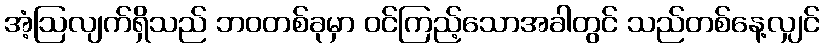
အံ့ဩလျက်ရှိသည် ဘဝတစ်ခုမှာ ဝင်ကြည့်သောအခါတွင် သည်တစ်နေ့လျှင်